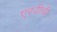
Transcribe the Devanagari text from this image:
एरवीची